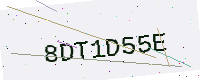
Text: 8DT1D55E